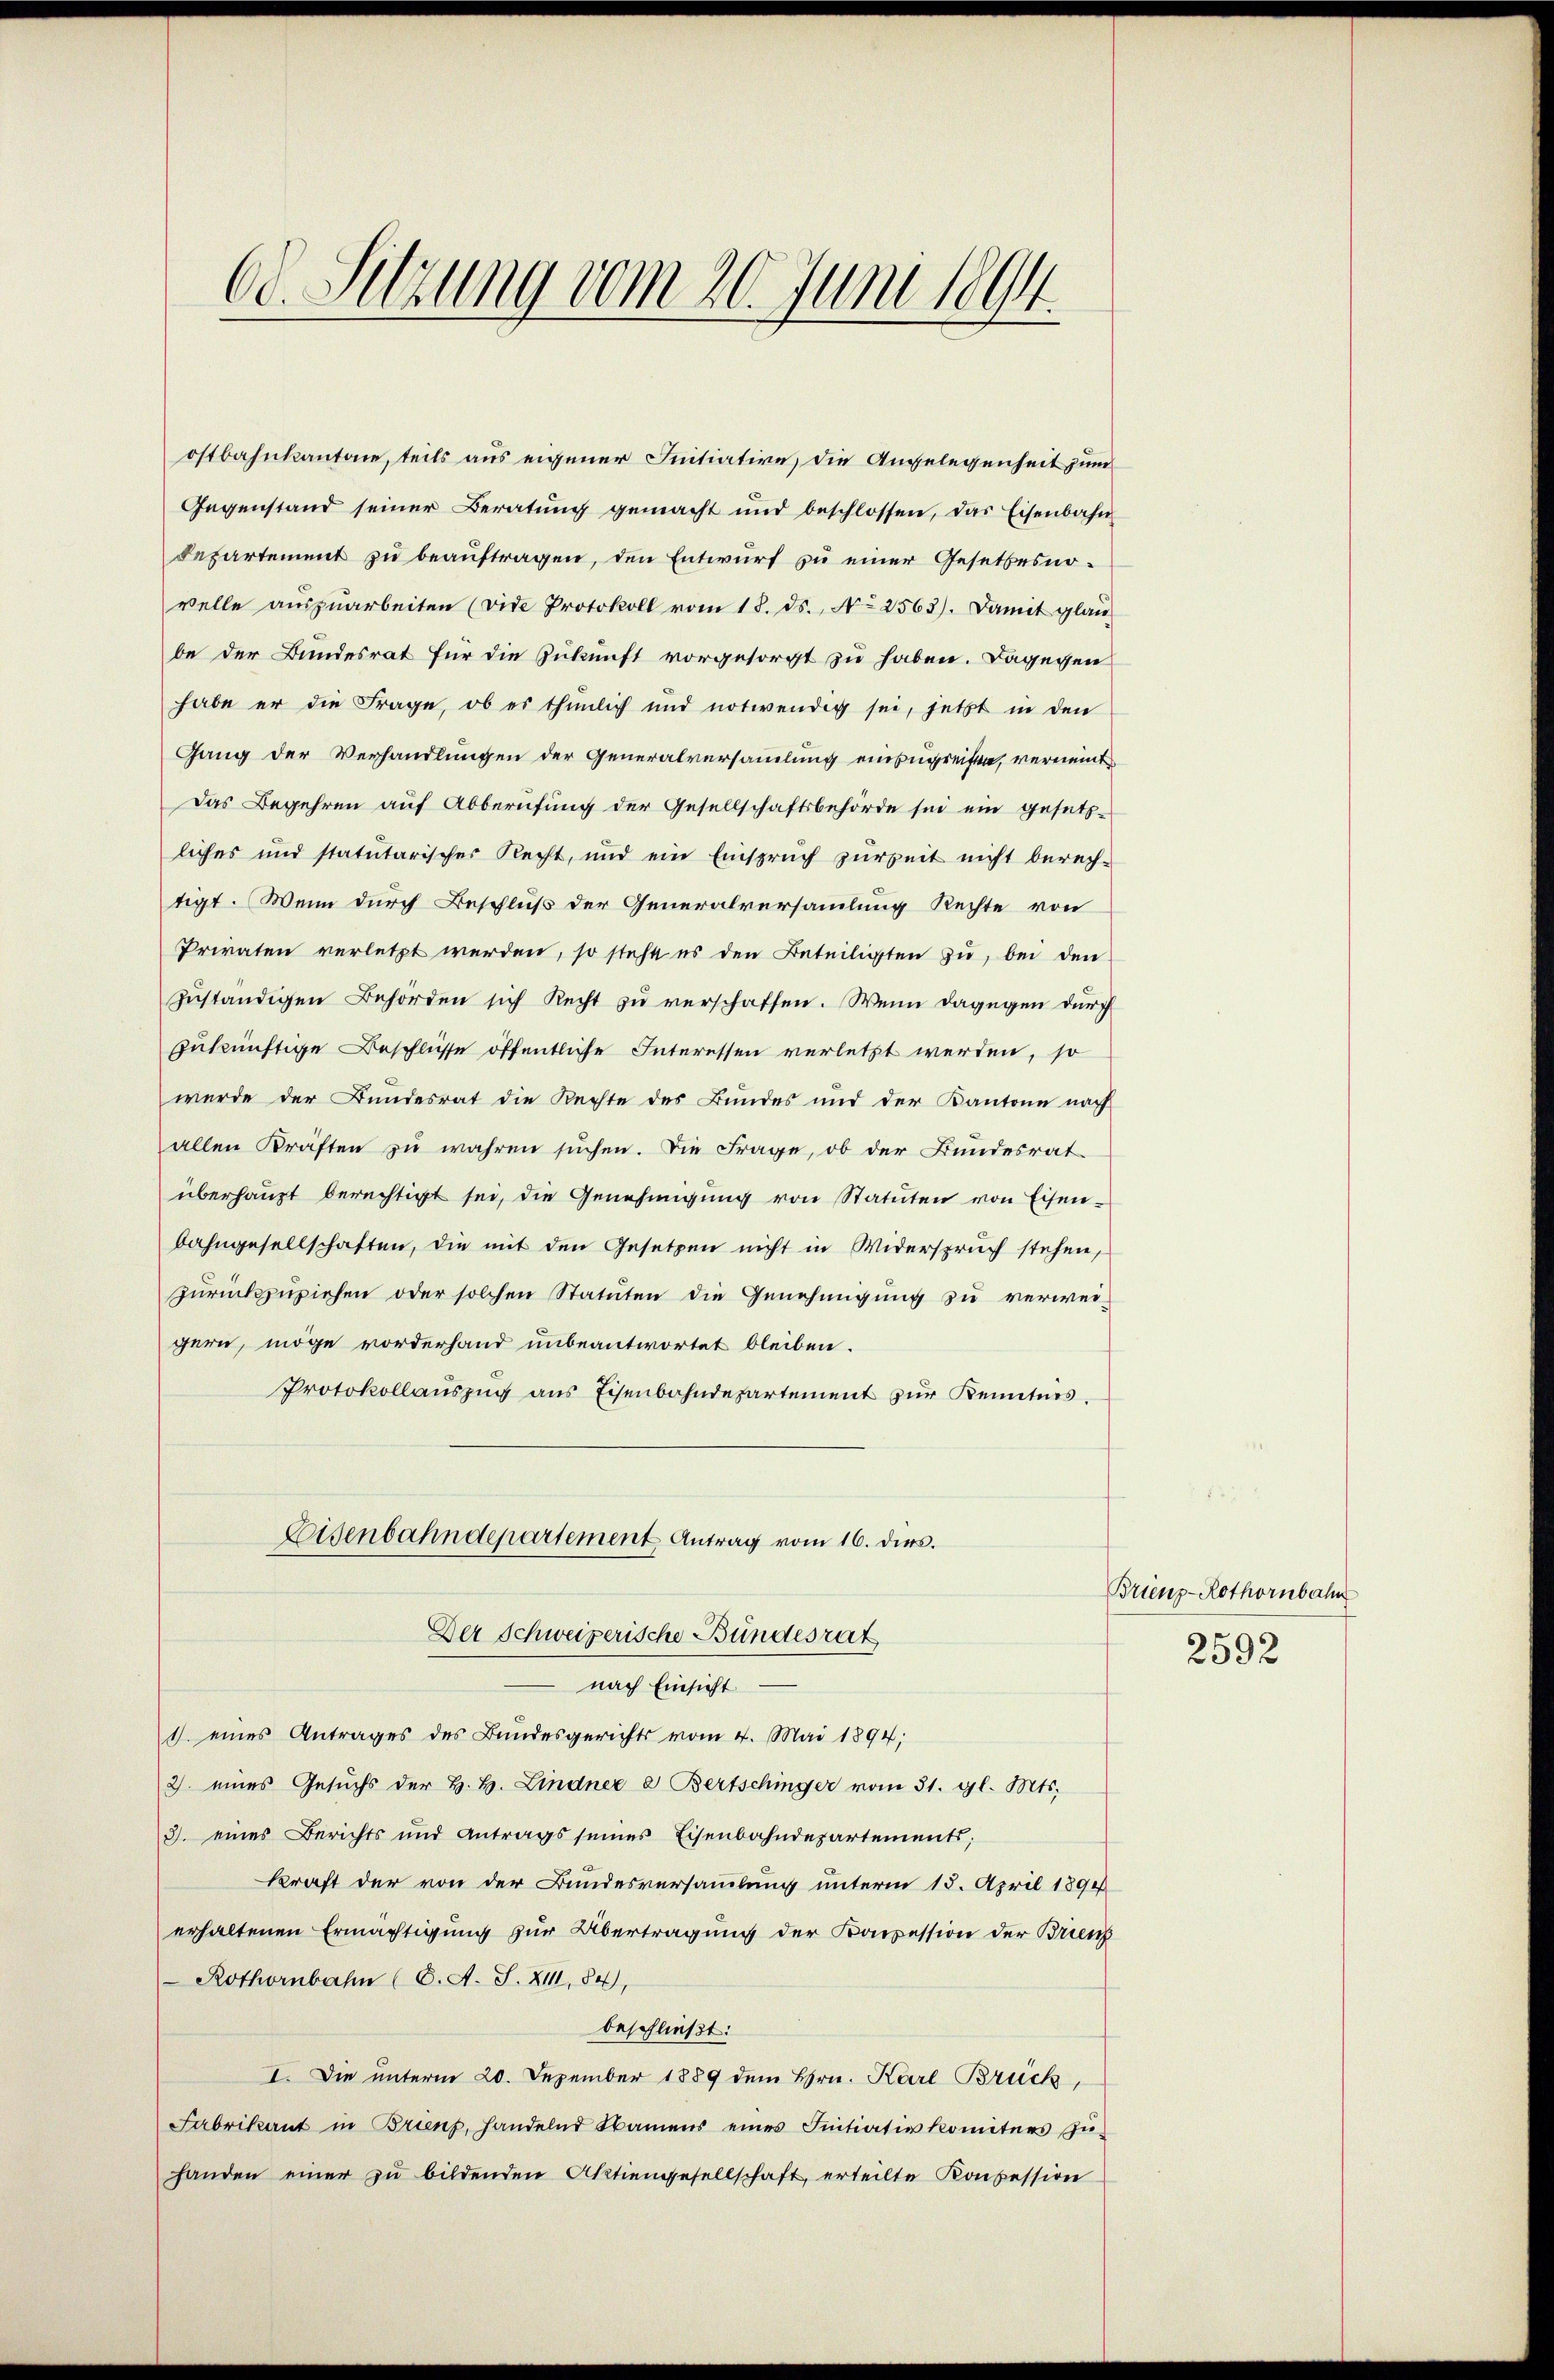
.
od. Sitzung vom 20. Juni 1890.

ostbahnkantone, teils aus eigener Initiative die Angelegenheit zum
Gegenstand seiner Beratŭng gemacht und beschlossen, das Eisenbahn
bepartement zu beauftragen, den Entwurf zu einer Gesetzesnowelle aŭszŭarbeiten (vide Protokoll vom 18. ds. No 2563). Damit glau
be der Bundesrat für die Zukunft vorgesorgt zu haben. Dagegen
habe er die Frage, ob es thunlich und notwendig sei, jetzt in den
Gang der Verhandlungen der Generalversammlung einzugreifen, verneint
Das Begehren auf Abberufung der Gesellschaftsbehörde sei ein gesetz-
liches und statutarischer Recht, und ein Einspruch zurzeit nicht berech-
tigt. Wenn durch Beschluß der Generalversammlung Rechte von
Privaten verletzt werden, so steht es den Beteiligten zu, bei den
zuständigen Behörden sich Recht zu verschaffen. Wenn dagegen durch
zukünftige Beschlüsse öffentliche Interessen verletzt werden, so
wurde der Bundesrat die Rechte des Bundes und der Kantone nach
allen Kräften zu wahren suchen. Die Frage, ob der Bundesrat-
überhaupt berechtigt sei, die Genehmigung von Statuten von Eisenbahngesellschaften, die mit den Gesetzen nicht in Widerspruch stehen,
zurückzuziehen oder solchen Statuten die Genehmigung zu verweigern, möge vorderhand unbeantwortet bleiben.
Protokollauszug aus Eisenbahndepartement zur Kenntnis.
Eisenbahndepartement Antrag vom 16. dies.
Der Schweizerische Bundesrat
nach Einsicht
1) eines Antrages des Bundesgerichts vom 4. Mai 1894;
2. eines Gesŭchs der H. H. Lindner a. Bertschinger vom 31. gl. Mts.
3. eines Berichts und Antrags seines Eisenbahndepartements;
kraft der von der Bundesversammlung unterm 15. April 1891
erhaltenen Ermächtigung zur Übertragung der Konsession der Brienz
 Rothornbahn (C. A. S. XIII, 84,
beschließt:
I. Die unterm 20. Dezember 1889 dem Hrn. Karl Brück,
Fabrikant in Brienz, handelnd Namens eines Inntiativkomitees zŭ-
handen einer zu bildenden Aktiengesellschaft, erteilte Konzession

Brienz-Rothornbahn
2592